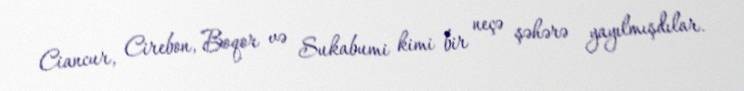
Ciancur, Cirebon, Boqor və Sukabumi kimi bir neçə şəhərə yayılmışdılar.